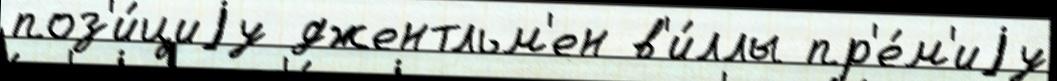
поз'и́циjу джентльм'ен в'и́ллы пр'е́м'иjу